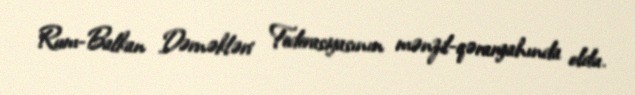
Rum-Balkan Dərnəkləri Federasiyasının mənzil-qərargahında oldu.